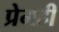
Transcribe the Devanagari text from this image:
प्रेमही